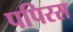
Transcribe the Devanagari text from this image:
पपिरस